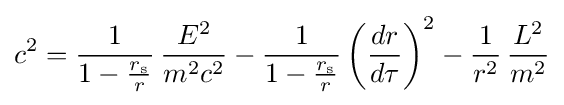
c^{2}={\frac {1}{1-{\frac {r_{\text{s}}}{r}}}}\,{\frac {E^{2}}{m^{2}c^{2}}}-{\frac {1}{1-{\frac {r_{\text{s}}}{r}}}}\left({\frac {dr}{d\tau }}\right)^{2}-{\frac {1}{r^{2}}}\,{\frac {L^{2}}{m^{2}}}